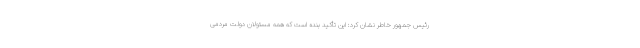
رئیس جمهور خاطر نشان کرد: این تأکید بنده است که همه مسئولان دولت مردمی